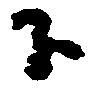
下